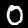
Label: 0